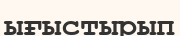
ығыстырып